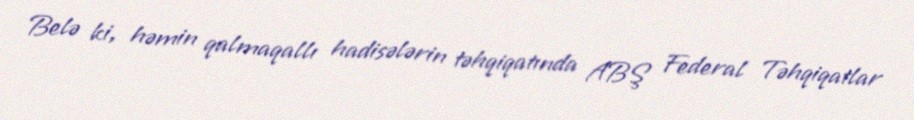
Belə ki, həmin qalmaqallı hadisələrin təhqiqatında ABŞ Federal Təhqiqatlar